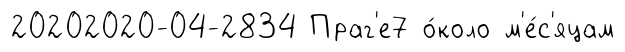
20202020-04-2834 Праг'е7 о́коло м'е́с'яцам